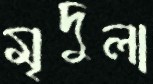
মৃদুলা